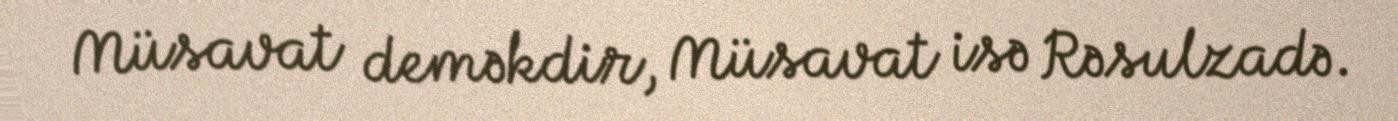
Müsavat deməkdir, Müsavat isə Rəsulzadə.